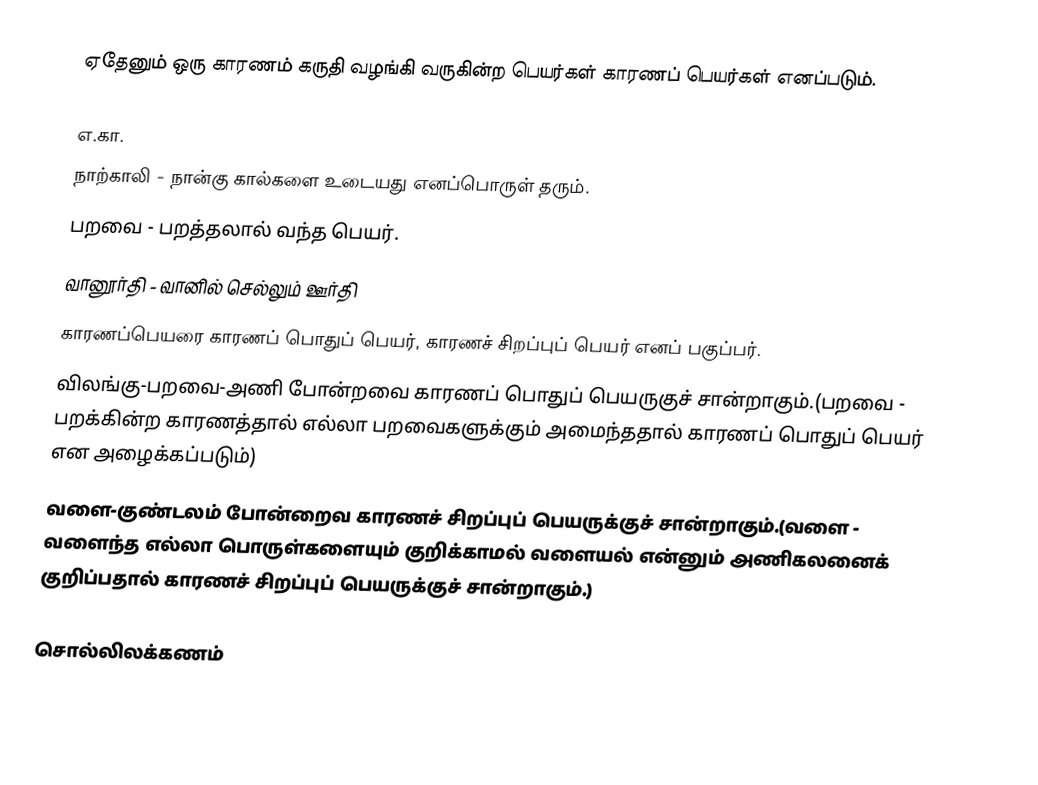
ஏதேனும் ஒரு காரணம் கருதி வழங்கி வருகின்ற பெயர்கள் காரணப் பெயர்கள் எனப்படும்.

எ.கா.
 நாற்காலி - நான்கு கால்களை உடையது எனப்பொருள் தரும்.
 பறவை - பறத்தலால் வந்த பெயர்.
 வானூர்தி - வானில் செல்லும் ஊர்தி
காரணப்பெயரை காரணப் பொதுப் பெயர், காரணச் சிறப்புப் பெயர் எனப் பகுப்பர்.
விலங்கு-பறவை-அணி போன்றவை காரணப் பொதுப் பெயருகுச் சான்றாகும்.(பறவை - பறக்கின்ற காரணத்தால் எல்லா பறவைகளுக்கும் அமைந்ததால் காரணப் பொதுப் பெயர் என அழைக்கப்படும்)
வளை-குண்டலம் போன்றைவ காரணச் சிறப்புப் பெயருக்குச் சான்றாகும்.(வளை - வளைந்த எல்லா பொருள்களையும் குறிக்காமல் வளையல் என்னும் அணிகலனைக் குறிப்பதால் காரணச் சிறப்புப் பெயருக்குச் சான்றாகும்.)

சொல்லிலக்கணம்